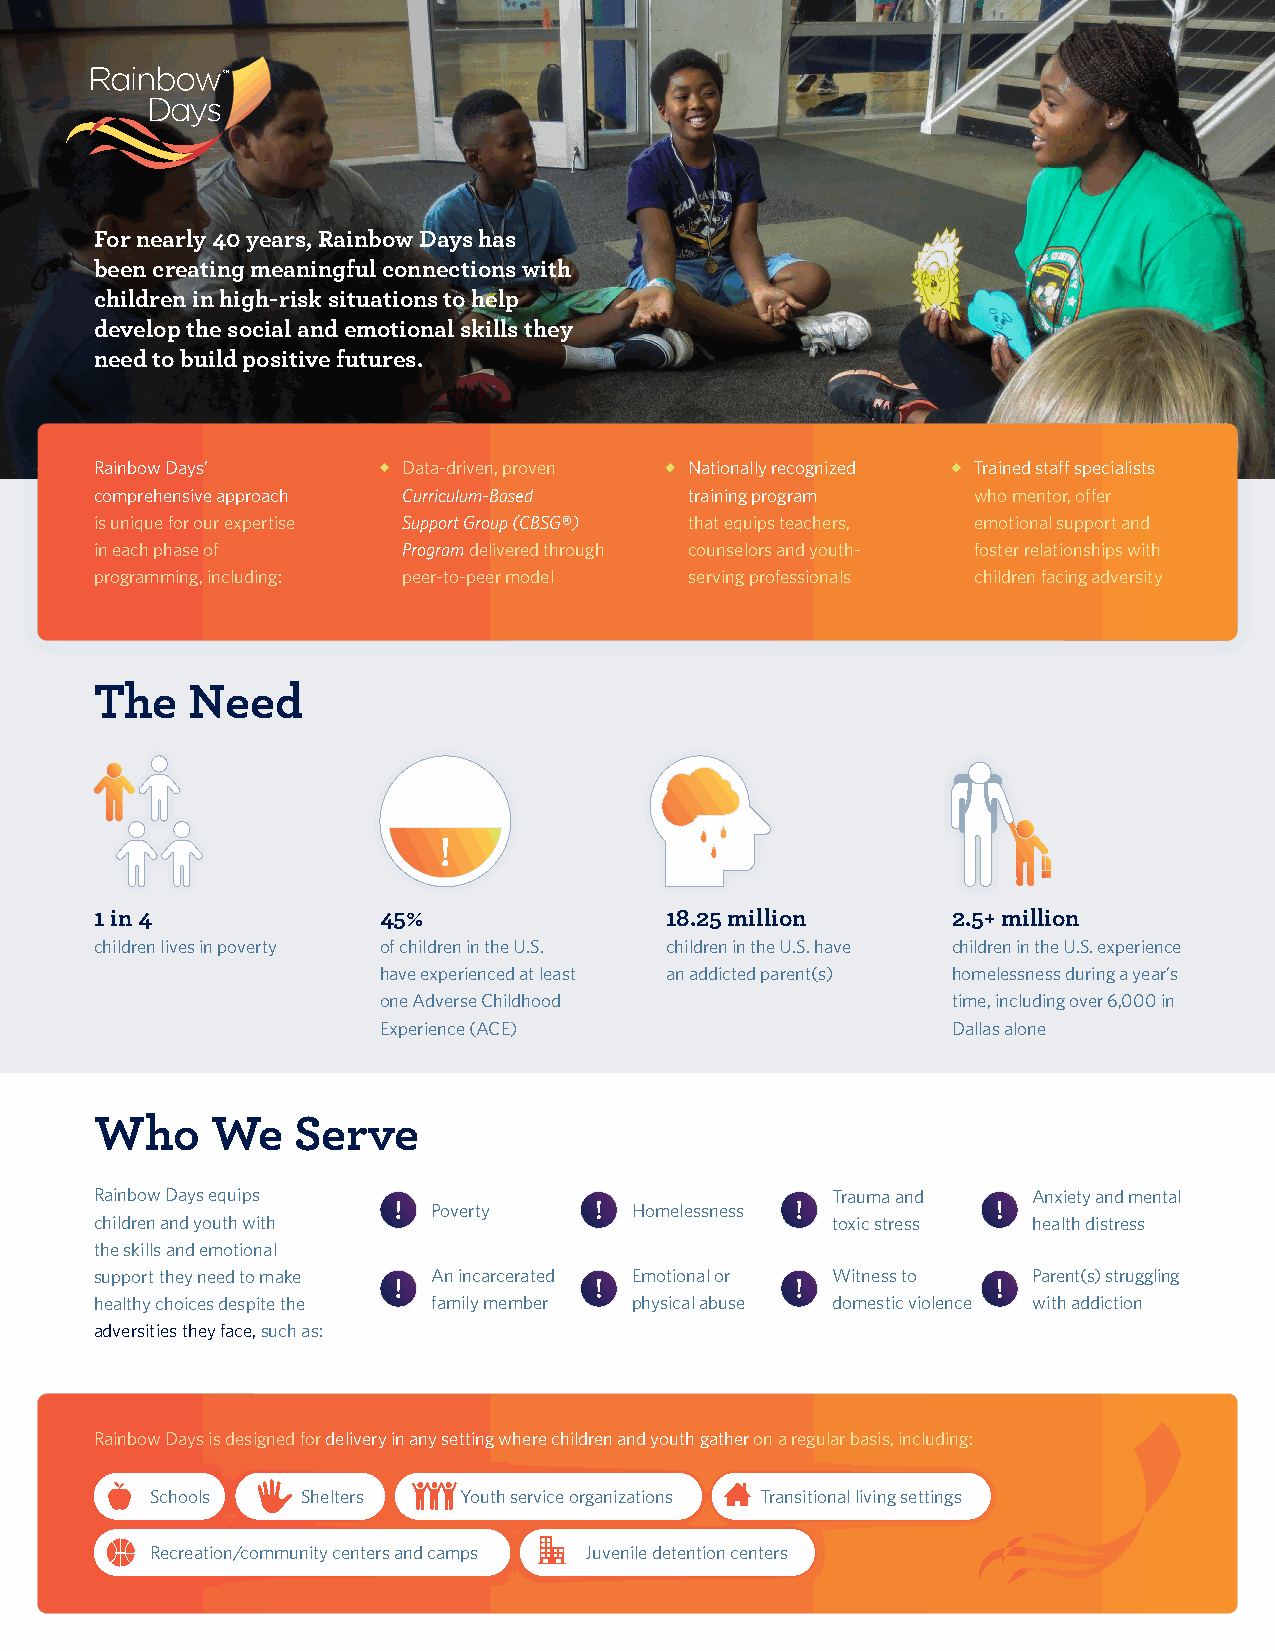
For nearly 40 years, Rainbow Days has
 been creating meaningful connections with
 children in high-risk situations to help
 develop the social and emotional skills they
 need to build positive futures.
 Rainbow Days’        Data-driven, proven Nationally recognized Trained staff specialists
 comprehensive approach Curriculum-Based training program  who mentor, offer
 is unique for our expertise Support Group (CBSG®) that equips teachers, emotional support and
 in each phase of     Program delivered through counselors and youth- foster relationships with
 programming, including: peer-to-peer model serving professionals children facing adversity
 The   Need
 1 in 4             45%                18.25 million      2.5+ million
 children lives in poverty of children in the U.S. children in the U.S. have children in the U.S. experience
 have experienced at least an addicted parent(s) homelessness during a year’s
 one Adverse Childhood                 time, including over 6,000 in
 Experience (ACE)                      Dallas alone
 Who     We   Serve
 Rainbow Days equips                              Trauma and   Anxiety and mental
 Poverty      Homelessness
 children and youth with                          toxic stress health distress
 the skills and emotional
 support they need to make An incarcerated Emotional or Witness to Parent(s) struggling
 healthy choices despite the family member physical abuse domestic violence with addiction
 adversities they face, such as:
 Rainbow Days is designed for delivery in any setting where children and youth gather on a regular basis, including:
 Schools   Shelters  Youth service organizations Transitional living settings
 Recreation/community centers and camps Juvenile detention centers